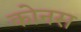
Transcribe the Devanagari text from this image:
कोनस